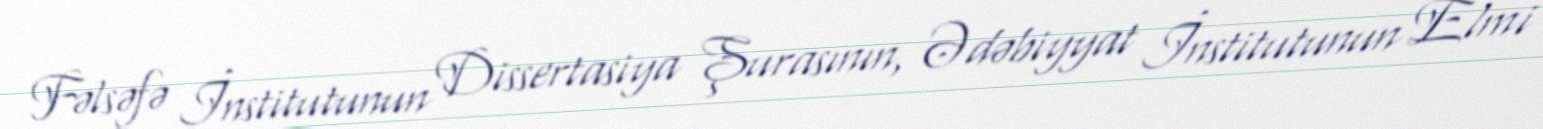
Fəlsəfə İnstitutunun Dissertasiya Şurasının, Ədəbiyyat İnstitutunun Elmi